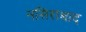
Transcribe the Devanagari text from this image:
नसिराबाद